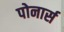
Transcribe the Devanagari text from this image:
पोनार्स